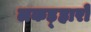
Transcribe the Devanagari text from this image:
लकड़्हारों